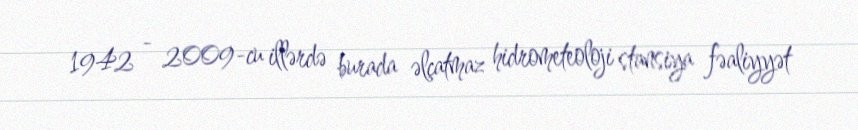
1942 - 2009-cu illərdə burada əlçatmaz hidrometeoloji stansiya fəaliyyət